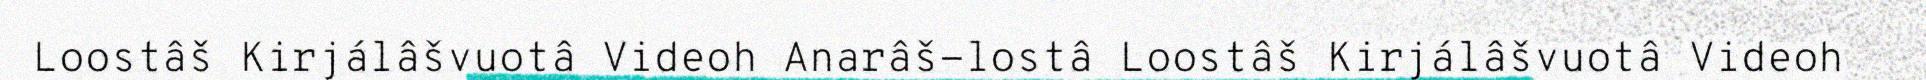
Loostâš Kirjálâšvuotâ Videoh Anarâš-lostâ Loostâš Kirjálâšvuotâ Videoh